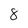
Character: 8